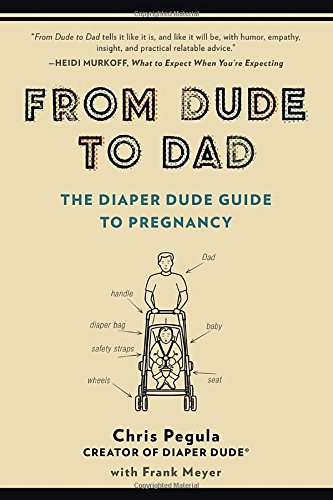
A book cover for From Dude to Dad: The Diaper Dude Guide to Pregnancy; Chris Pegula; Parenting & Relationships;